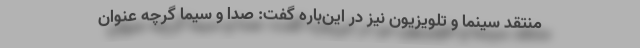
منتقد سینما و تلویزیون نیز در این‌باره گفت: صدا و سیما گرچه عنوان